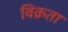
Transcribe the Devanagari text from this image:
विक्रता